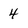
Character: 4